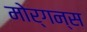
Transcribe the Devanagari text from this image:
मोर्गन्स